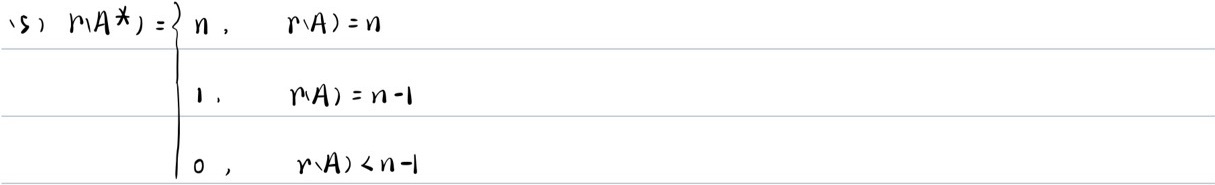
\[
r(A^*) =
\begin{cases}
n, & r(A)=n \\
1, & r(A)=n - 1 \\
0, & r(A)<n - 1
\end{cases}
\]